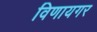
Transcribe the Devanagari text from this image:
विणायगर